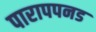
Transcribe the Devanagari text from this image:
पारापपनड